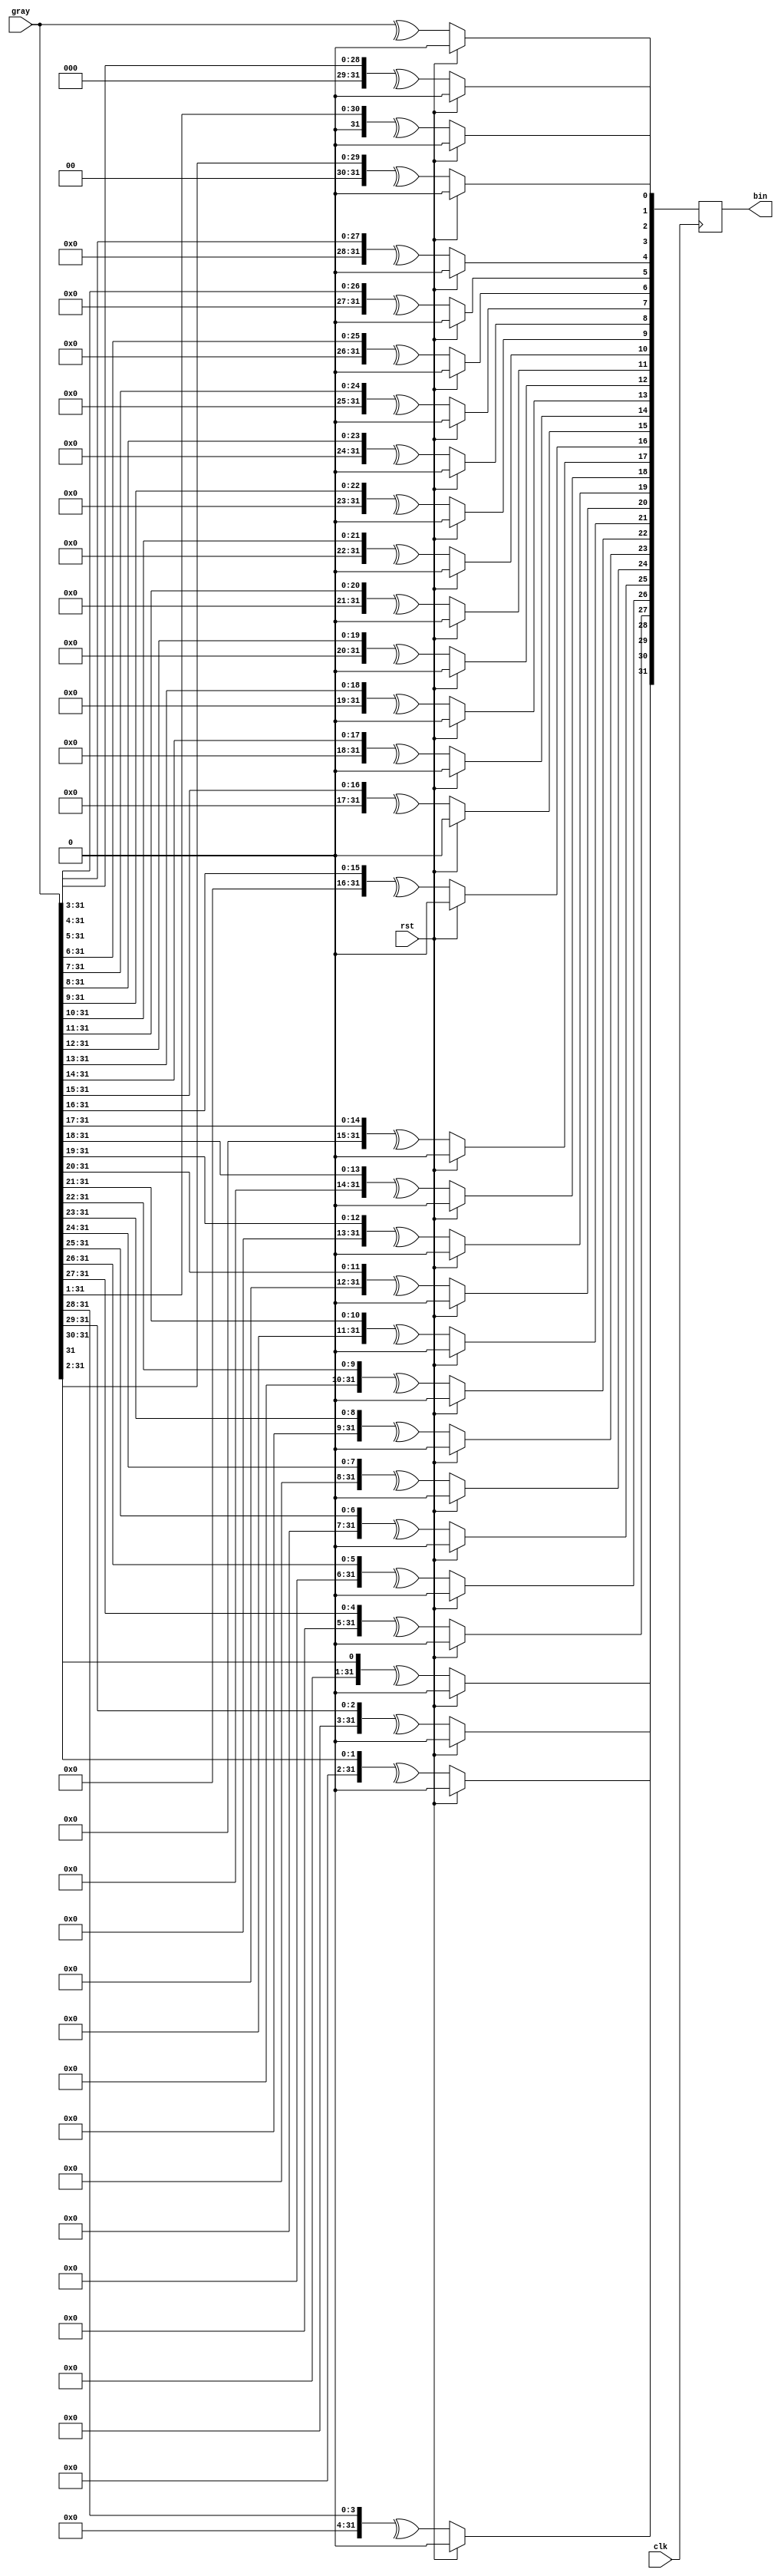
/*

Copyright (c) 2023 Chris H. Meyer

This file is part of aRTS.

aRTS is free software: you can redistribute it and/or modify it
under the terms of the GNU General Public License as published by
the Free Software Foundation, either version 3 of the License, or
(at your option) any later version.

aRTS is distributed in the hope that it will be useful, but WITHOUT
ANY WARRANTY; without even the implied warranty of MERCHANTABILITY
or FITNESS FOR A PARTICULAR PURPOSE. See the GNU General Public License
for more details.

You should have received a copy of the GNU General Public License along
with aRTS. If not, see <https://www.gnu.org/licenses/>.

*/

// Language: Verilog 2001

`resetall
`timescale 1ns / 1ps
`default_nettype none

/*
 * Gray-code to binary converter
 */
module gray2bin #
(
    parameter WIDTH = 32
)
(
    input  wire             clk,
    input  wire             rst,

    input  wire [WIDTH-1:0] gray,
    output wire [WIDTH-1:0] bin
);

reg [WIDTH-1:0] bin_reg = {WIDTH{1'b0}};

assign bin = bin_reg;

integer i;

always @(posedge clk) begin
    if (rst) begin
        bin_reg = {WIDTH{1'b0}};
    end else begin
        for (i = 0; i < WIDTH; i = i + 1) begin
            bin_reg[i] = ^(gray >> i);
        end
    end
end

endmodule

`resetall